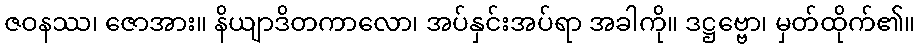
ဇဝနဿ၊ ဇောအား။ နိယျာဒိတကာလော၊ အပ်နှင်းအပ်ရာ အခါကို။ ဒဋ္ဌဗ္ဗော၊ မှတ်ထိုက်၏။